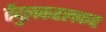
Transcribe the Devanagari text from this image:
तेंदुलकरलकर